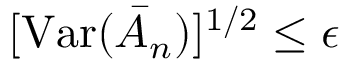
[ \mathrm { V a r } ( \bar { A } _ { n } ) ] ^ { 1 / 2 } \leq \epsilon